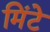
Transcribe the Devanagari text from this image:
मिंटे